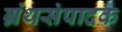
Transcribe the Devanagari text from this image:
ग्रंथसंपादक